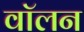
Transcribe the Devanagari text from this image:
वॉलन